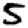
Digit: 5